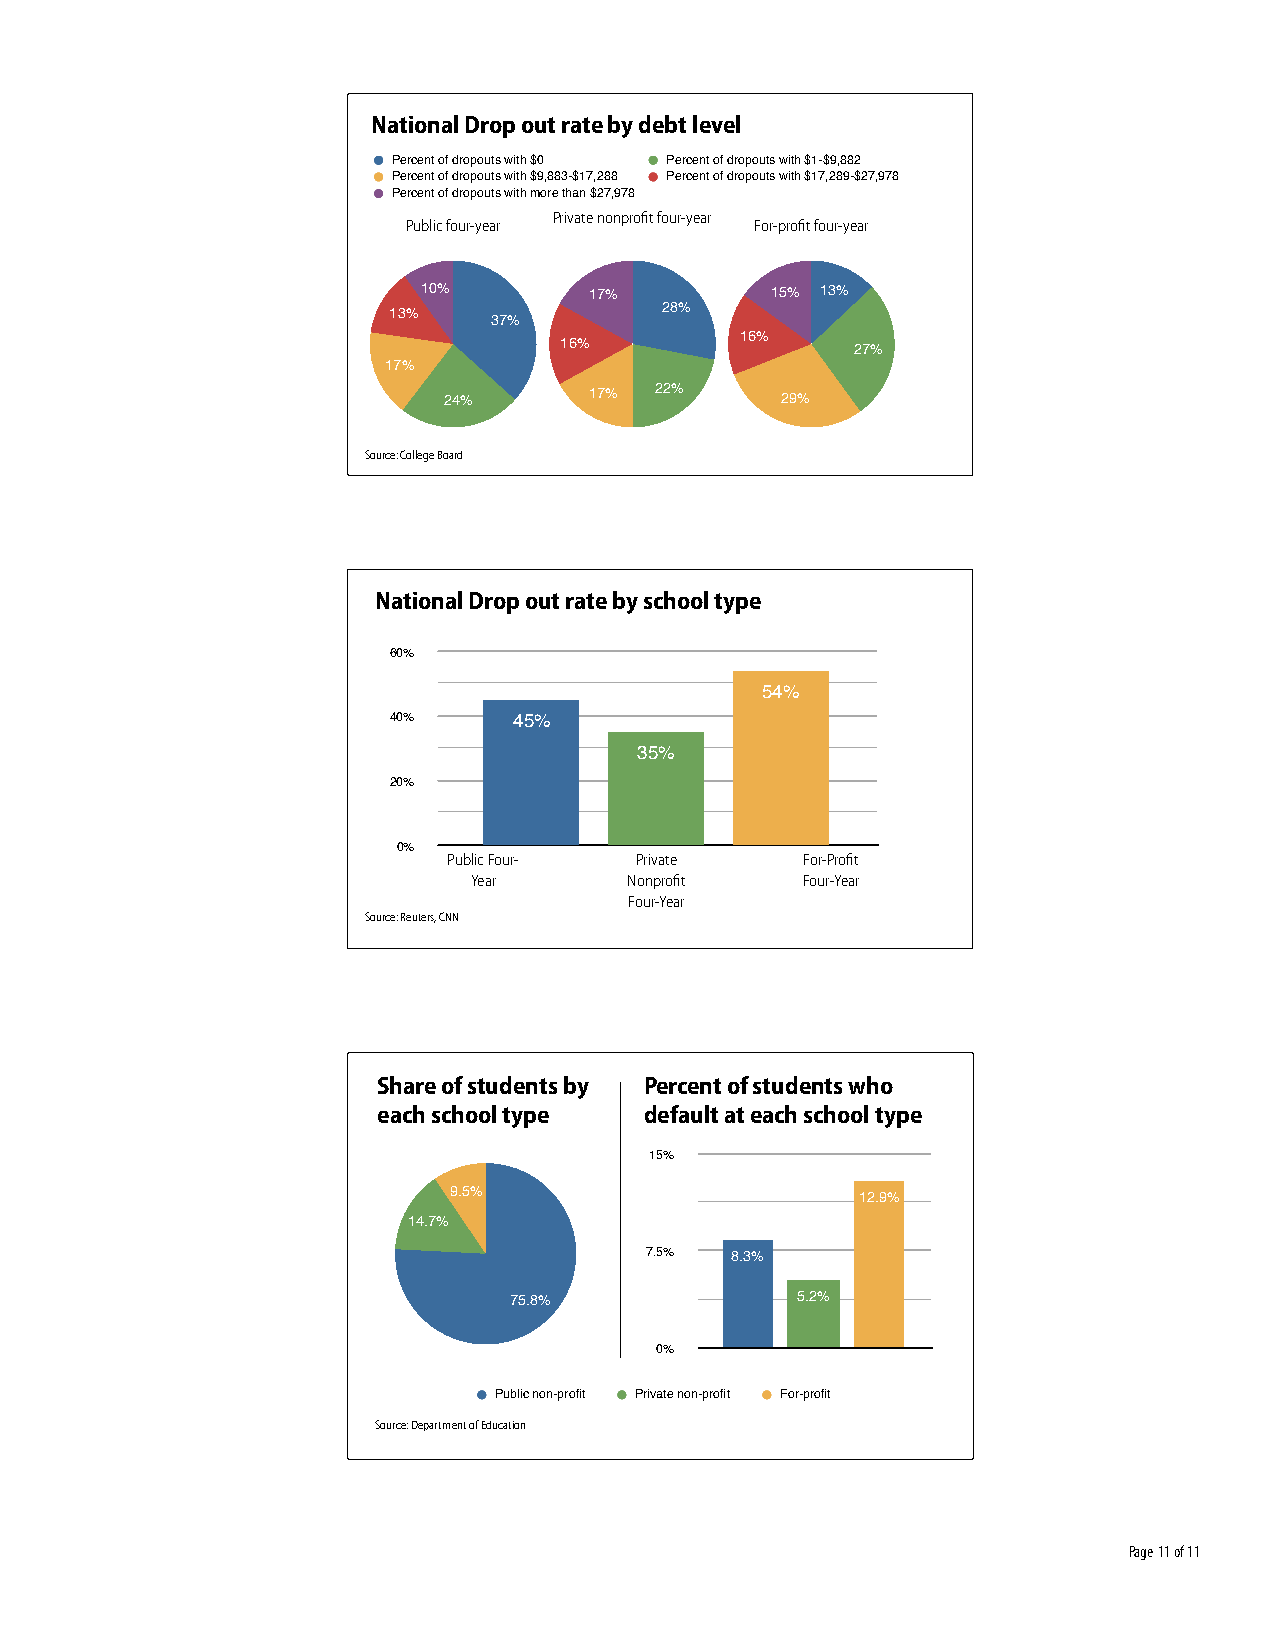
National Drop out rate by debt level
 Percent of dropouts with $0 Percent of dropouts with $1-$9,882
 Percent of dropouts with $9,883-$17,288 Percent of dropouts with $17,289-$27,978
 Percent of dropouts with more than $27,978
 Private nonprofit four-year
 Public four-year       For-profit four-year
 10%        17%         15% 13%
 28%
 13%
 37%
 16%
 16%                 27%
 17%
 24%       17% 22%      29%
 Source: College Board
 National Drop out rate by school type
 60%
 54%
 40%     45%
 35%
 20%
 0%
 Public Four- Private   For-Profit
 Year       Nonprofit  Four-Year
 Four-Year
 Source: Reuters, CNN
 Share of students by Percent of students who
 each school type  default at each school type
 15%
 9.5%                       12.9%
 14.7%
 7.5% 8.3%
 75.8%              5.2%
 0%
 Public non-profit Private non-profit For-profit
 Source: Department of Education
 Page 11 of 11